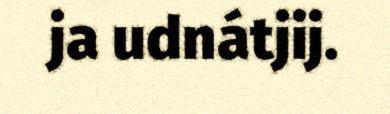
ja udnátjij.